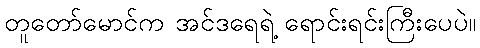
တူတော်မောင်က အင်ဒရေရဲ့ ရောင်းရင်းကြီးပေပဲ။